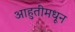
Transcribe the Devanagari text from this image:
आहुतीमधून